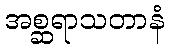
အစ္ဆရာသတာနံ